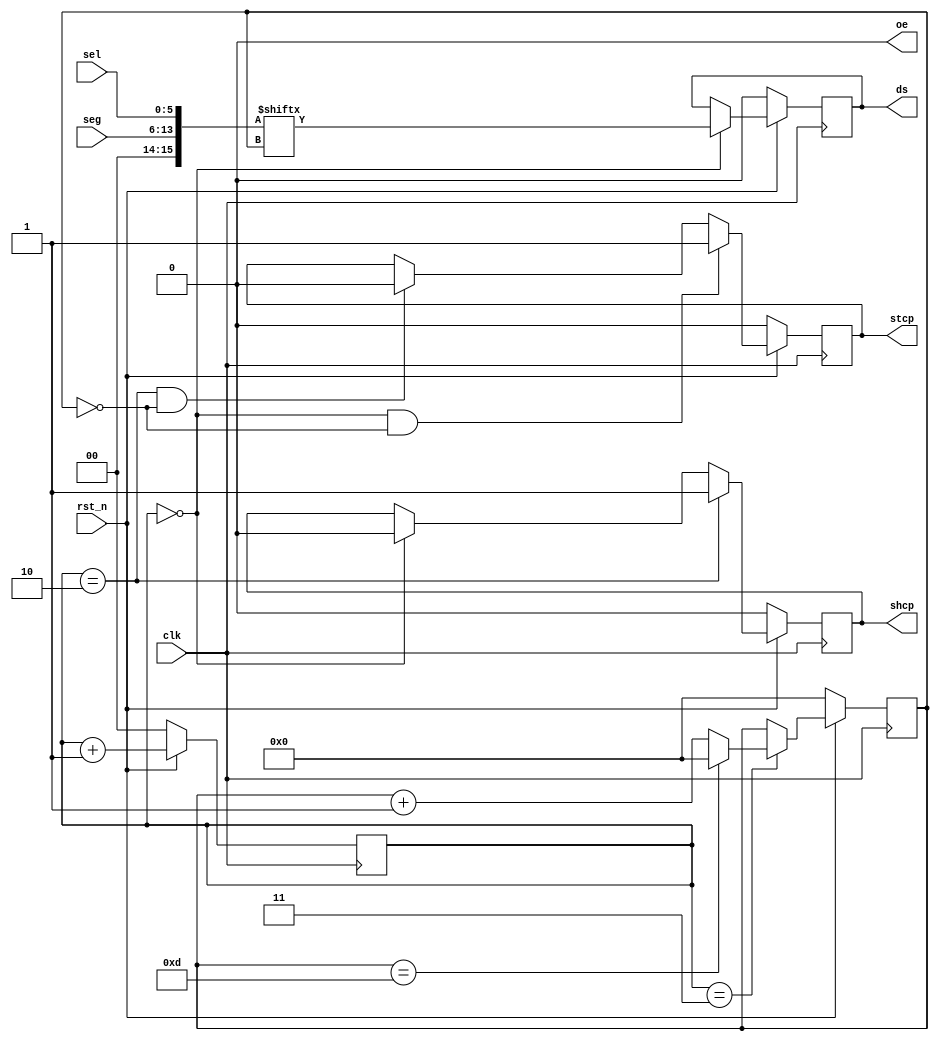
// This program was cloned from: https://github.com/michaelliao/learn-verilog
// License: GNU General Public License v3.0

/******************************************************************************

Digital Tube Display 

 a ~ h: 0


       a       

             
 f         b 
             

       g       

             
 e         c 
             
  
       d          h 
  

******************************************************************************/

module digital_tube_display
(
    input clk,
    input rst_n,
    input [7:0] seg, // 
    input [5:0] sel, // 
    output reg shcp, // 
    output reg stcp, // 
    output reg ds, //  74HC595 
    output oe //  =0 
);

    reg [1:0] cnt;
    reg [3:0] cnt_bit;

    wire [15:0] data;

    assign data = {seg[7:0], sel[5:0]};

    always @ (posedge clk) begin
        if (! rst_n) begin
            cnt <= 2'b0;
            cnt_bit <= 4'b0;
            ds <= 1'b0;
            shcp <= 1'b0;
            stcp <= 1'b0;
        end else begin
            cnt <= cnt + 2'h1;

            if (cnt == 2'h3) begin
                if (cnt_bit == 4'hd)
                    cnt_bit <= 4'h0;
                else
                    cnt_bit <= cnt_bit + 4'h1;
            end else
                cnt_bit <= cnt_bit;

            // output ds:
            if (cnt == 2'b0)
                ds <= data[cnt_bit];
            else
                ds <= ds;

            // output shcp:
            if (cnt == 2'h2)
                shcp <= 1'b1;
            else if (cnt == 2'h0)
                shcp <= 1'b0;
            else
                shcp <= shcp;

            // output stcp:
            if (cnt == 2'h0 && cnt_bit == 4'h0)
                stcp <= 1'b1;
            else if (cnt == 2'h2 && cnt_bit == 4'h0)
                stcp <= 1'b0;
            else
                stcp <= stcp;
        end
    end

    assign oe = 1'b0;

endmodule